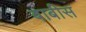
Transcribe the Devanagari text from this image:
बाबीस